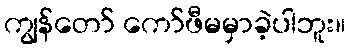
ကျွန်တော် ကော်ဖီမမှာခဲ့ပါဘူး။